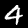
Digit: 4